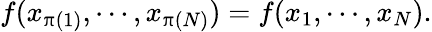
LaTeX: \begin{array}{r}{f(x_{\uppi(1)},\cdots,x_{\uppi(N)})=f(x_{1},\cdots,x_{N}).}\end{array}